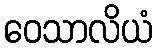
ဝေသာလိယံ